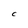
Character: C